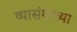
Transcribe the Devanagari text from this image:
व्यासंगाच्या